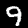
Label: 9